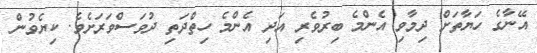
އޭނާގެ ހަޔާތަށް ދިމާވި އެންމެ ބިރުވެރި އަދި އެންމެ ހިތްދަތި ދުވަސްވަރަށެވެ. ކިޔެވުން